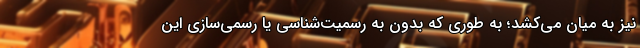
نیز به میان می‌کشد؛ به طوری که بدون به رسمیت‌شناسی یا رسمی‌سازی این